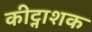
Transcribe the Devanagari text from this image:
कीट्नाशक